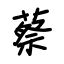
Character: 蔡